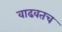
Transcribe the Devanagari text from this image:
वाढवतच